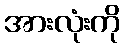
အားလုံးကို